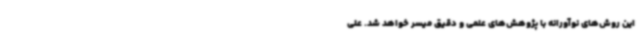
این روش‌های نوآورانه با پژوهش‌های علمی و دقیق میسر خواهد شد. علی